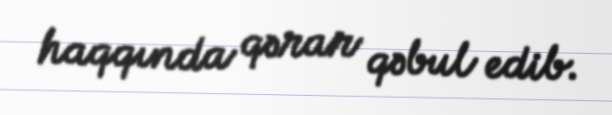
haqqında qərar qəbul edib.